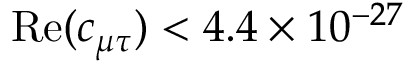
\mathrm { R e } ( c _ { \mu \tau } ) < 4 . 4 \times 1 0 ^ { - 2 7 }